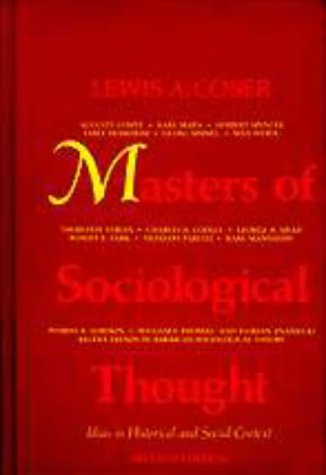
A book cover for Masters of Sociological Thought: Ideas in Historical and Social Context; Lewis A. Coser; Politics & Social Sciences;